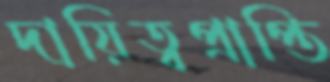
দায়িত্বপ্রাপ্তি